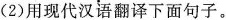
(2)用现代汉语翻译下面句子。